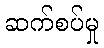
ဆက်စပ်မှု